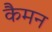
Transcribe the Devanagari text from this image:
कैमन